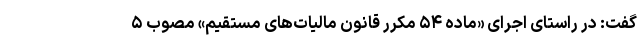
گفت: در راستای اجرای «ماده ۵۴ مکرر قانون مالیات‌های مستقیم» مصوب ۵